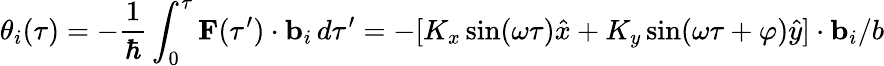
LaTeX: \theta_{i}(\tau)=-\frac{1}{\hbar}\int_{0}^{\tau}\textbf{F}(\tau^{\prime})\cdot\textbf{b}_{i}\, d\tau^{\prime}=-[K_{x}\sin(\omega\tau)\hat{x}+K_{y}\sin(\omega\tau+\varphi)\hat{y}]\cdot\textbf{b}_{i}/b